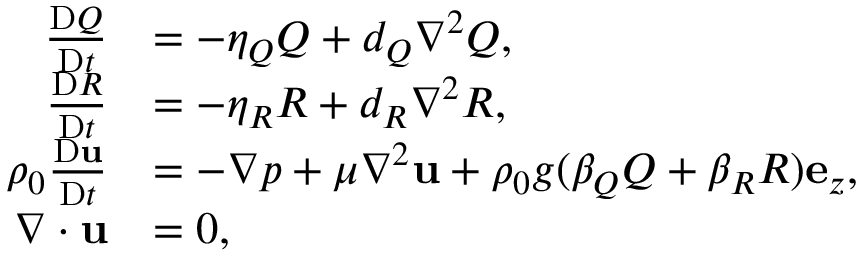
\begin{array} { r l } { \frac { \mathrm { D } Q } { \mathrm { D } t } } & { = - \eta _ { Q } Q + d _ { Q } \nabla ^ { 2 } Q , } \\ { \frac { \mathrm { D } R } { \mathrm { D } t } } & { = - \eta _ { R } R + d _ { R } \nabla ^ { 2 } R , } \\ { \rho _ { 0 } \frac { \mathrm { D } \mathbf { u } } { \mathrm { D } t } } & { = - \nabla p + \mu \nabla ^ { 2 } \mathbf { u } + \rho _ { 0 } g ( \beta _ { Q } Q + \beta _ { R } R ) \mathbf { e } _ { z } , } \\ { \nabla \cdot \mathbf { u } } & { = 0 , } \end{array}